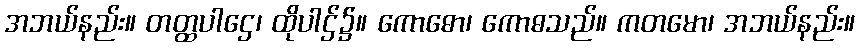
အဘယ်နည်း။ တတ္ထပါဌေ၊ ထိုပါဌ်၌။ ကောဓော၊ ကောဓသည်။ ကတမော၊ အဘယ်နည်း။